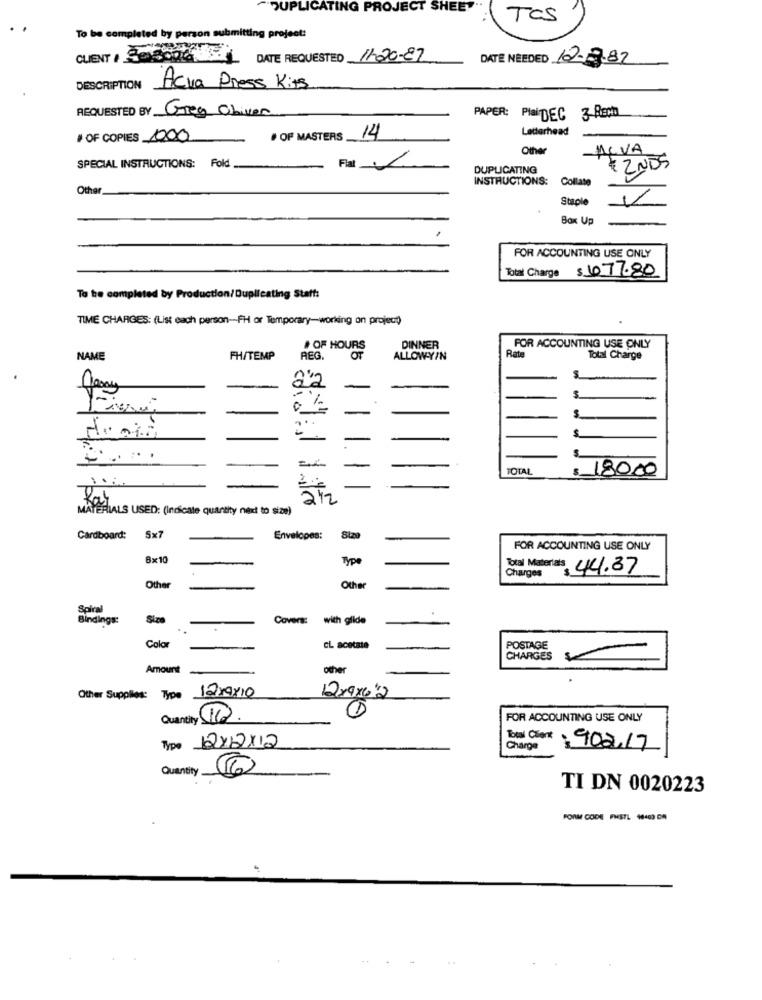
DUPLICATING PROJECT SHE
TCS
To be completed by person submitting project:
CLIENT # 305000 8. DATE REQUESTED 11.20-87
DATE NEEDED 12.9.82
DESCRIPTION
Acva Press Kits
REQUESTED BY Greg Oliven
PAPER: PlaiDEC
Letterhead
OF COPIES 1000
· OF MASTERS 14
Other
ALVA
SPECIAL INSTRUCTIONS: Fold
Fiat
DUPLICATING
$ 2NOS
INSTRUCTIONS:
Collate
Other.
Staple
Box Up
FOR ACCOUNTING USE ONLY
Total Charge $ 677.80
To be completed by Production/Duplicating Staff:
TIME CHARGES: (List each person-FH or Temporary-working on project)
OF HOURS
DINNER
FOR ACCOUNTING USE ONLY
NAME
FH/TEMP
REG.
OF
ALLOW-Y/N
Rate
Total Charge
22
%
-
TOTAL
$ 180.00
MATERIALS USED: (Indicate quantity next to size)
Cardboard: Sx7
Envelopes:
FOR ACCOUNTING USE ONLY
8x1
-
Type
Total Materials 44.37
Charges
Other
-
Other
Soical
Bindings:
Size
Covers:
with glide
Color
-
CL acetate
POSTAGE
CHARGES
Amount
other
Other Supplies: Type 12/19x10
12x9xe'2
1
Quantity (10).
FOR ACCOUNTING USE ONLY
Type 12×12×12
Bal Cent. 902.17
Charge
Quantity
TI DN 0020223
FORM CODE FHSTL 48400 0